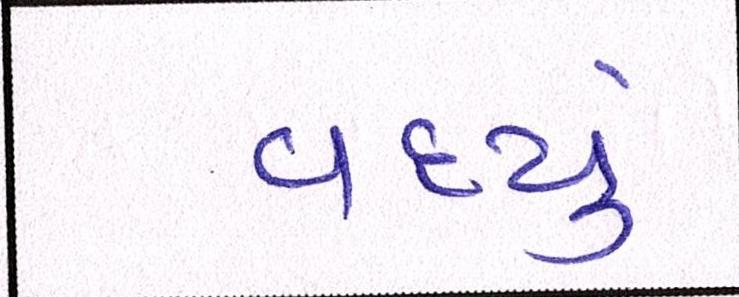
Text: વધ્યું